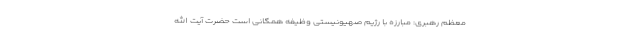
معظم رهبری: مبارزه با رژیم صهیونیستی وظیفه همگانی است حضرت آیت الله